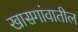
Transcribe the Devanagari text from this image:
खासगांवातील